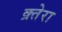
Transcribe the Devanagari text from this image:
क्र्तेरा